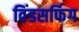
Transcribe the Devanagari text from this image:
विंडसर्फिग